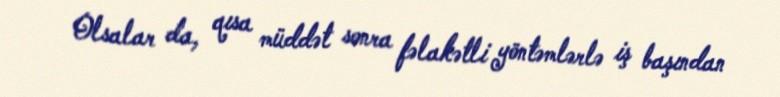
Olsalar da, qısa müddət sonra fəlakətli yöntəmlərlə iş başından